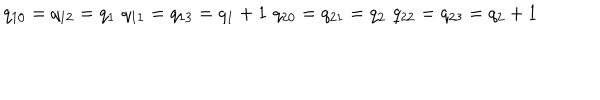
q _ { 1 0 } = q _ { 1 2 } = q _ { 1 } \, \, q _ { 1 1 } = q _ { 1 3 } = q _ { 1 } + 1 \, \, q _ { 2 0 } = q _ { 2 1 } = q _ { 2 } \, \, q _ { 2 2 } = q _ { 2 3 } = q _ { 2 } + 1